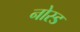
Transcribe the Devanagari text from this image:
नोस्ड